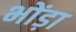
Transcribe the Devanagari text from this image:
भोंड़ा